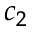
c _ { 2 }